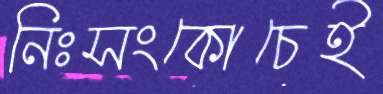
নিঃসংকোচেই